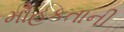
મોહકતાની